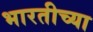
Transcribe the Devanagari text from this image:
भारतीच्या